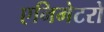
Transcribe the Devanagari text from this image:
एनिमेटरो